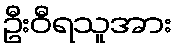
ဦးဝီရသူအား